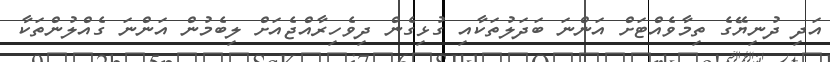
އަދި ދުނިޔޭގެ ތިމާވެއްޓަށް އަންނަ ބަދަލުތަކާއި ގުޅިގެން ދިވެހިރާއްޖެއަށް ލިބެމުން އަންނަ ގެއްލުންތަކާ